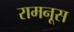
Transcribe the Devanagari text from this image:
रामनूस